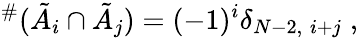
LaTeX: {}^{\# }(\tilde{A}_{i}\cap\tilde{A}_{j})=(-1)^{i}\delta_{N-2,\; i+j}\; ,